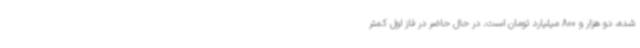
شده، دو هزار و 800 میلیارد تومان است. در حال حاضر در فاز اول کمتر